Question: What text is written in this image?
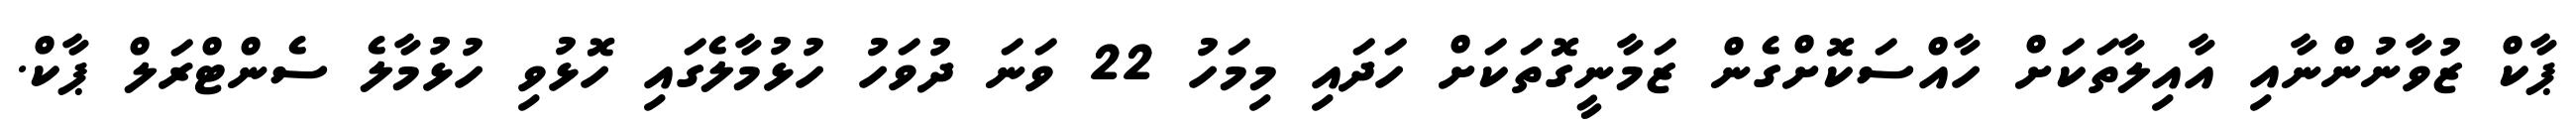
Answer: ޕާކް ޒުވާނުންނާއި އާއިލާތަކަށް ހާއްސަކޮށްގެން ޒަމާނީގޮތަކަށް ހަދައި މިމަހު 22 ވަނަ ދުވަހު ހުޅުމާލެގައި ހޮޅުވި ހުޅުމާލެ ސެންޓްރަލް ޕާކް.